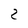
Character: 2